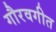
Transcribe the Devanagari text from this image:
गौरवगीत